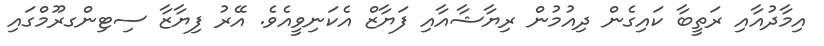
އިމާދުއާއި ރަތީބާ ކައިގެން ދިއުމުން ރިޔާޝާއާއި ފަޔާޒް އެކަނިވީއެވެ. އޭރު ފިޔާޒާ ސިޓިންގރޫމްގައި